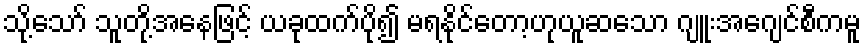
သို့သော် သူတို့အနေဖြင့် ယခုထက်ပို၍ မရနိုင်တော့ဟုယူဆသော ဂျူးအေဂျင်စီကမူ